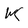
Character: m